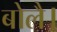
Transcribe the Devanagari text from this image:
बोलै।